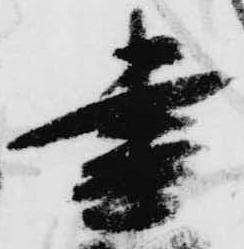
宰